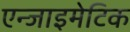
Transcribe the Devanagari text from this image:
एन्जाइमेटिक